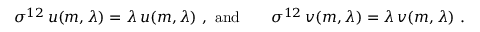
\sigma ^ { 1 2 } \, u ( m , \lambda ) = \lambda \, u ( m , \lambda ) \ , \ \mathrm { a n d } \qquad \sigma ^ { 1 2 } \, v ( m , \lambda ) = \lambda \, v ( m , \lambda ) \ .